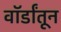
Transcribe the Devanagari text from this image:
वॉर्डांतून